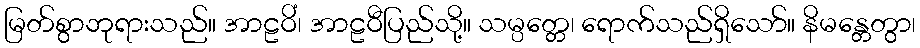
မြတ်စွာဘုရားသည်။ အာဠဝိံ၊ အာဠဝီပြည်သို့။ သမ္ပတ္တေ၊ ရောက်သည်ရှိသော်။ နိမန္တေတွာ၊